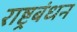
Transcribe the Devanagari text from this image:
राष्ट्रबंधन